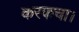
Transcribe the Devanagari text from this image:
करकचा।